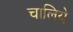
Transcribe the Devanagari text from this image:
चालिये